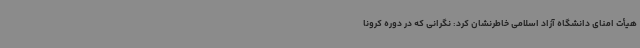
هیأت امنای دانشگاه آزاد اسلامی خاطرنشان کرد: نگرانی که در دوره کرونا